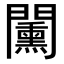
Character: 𨷔